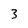
Character: 3